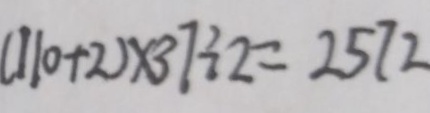
( 1 1 0 + 2 ) \times 3 7 \div 2 = 2 5 7 2